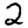
Digit: 2